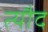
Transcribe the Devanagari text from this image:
त्यौद